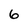
Character: 6